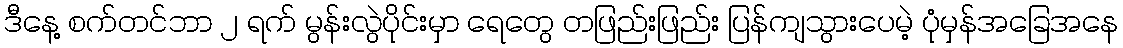
ဒီနေ့ စက်တင်ဘာ ၂ ရက် မွန်းလွဲပိုင်းမှာ ရေတွေ တဖြည်းဖြည်း ပြန်ကျသွားပေမဲ့ ပုံမှန်အခြေအနေ